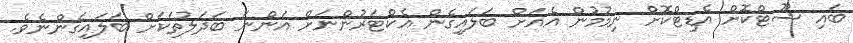
ބައި ޝޫޓްކޮށް އެޑިޓްކޮށް ނިމުމުން އެއަށް ބަލައިގެން އެކްޓަރުންނަށް އަންނަ ބަދަލުތަކަށް ބަލައިގެންނެވެ.